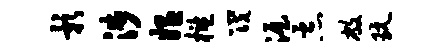
影涉媪槛筏渥恶敝玩